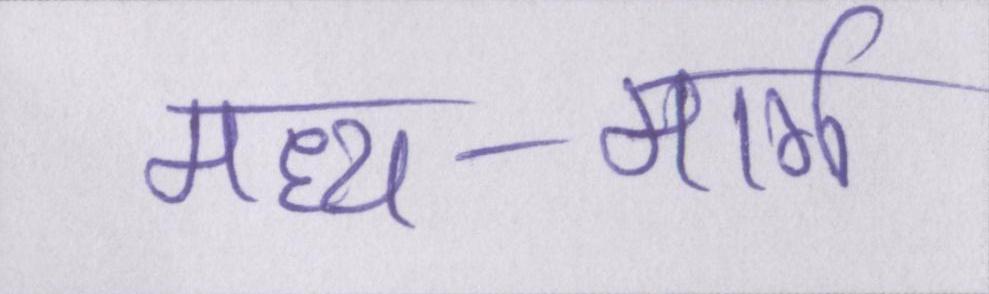
मध्य-मार्ग